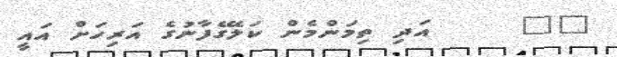
٦٤     އަދި ތިމަންމެން ކަލޭގެފާނުގެ އަރިހަށް އައީ